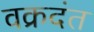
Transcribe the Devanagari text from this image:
वक्रदंत